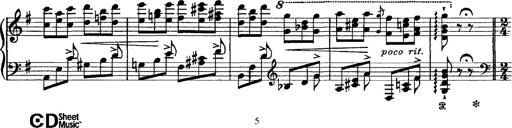
Title: Tarantelle di bravura dâ€™aprÃ¨s la tarantelle de La muette de Portici
Composer: Franz Liszt